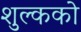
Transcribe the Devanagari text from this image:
शुल्कको